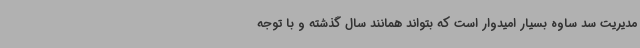
مدیریت سد ساوه بسیار امیدوار است که بتواند همانند سال گذشته و با توجه